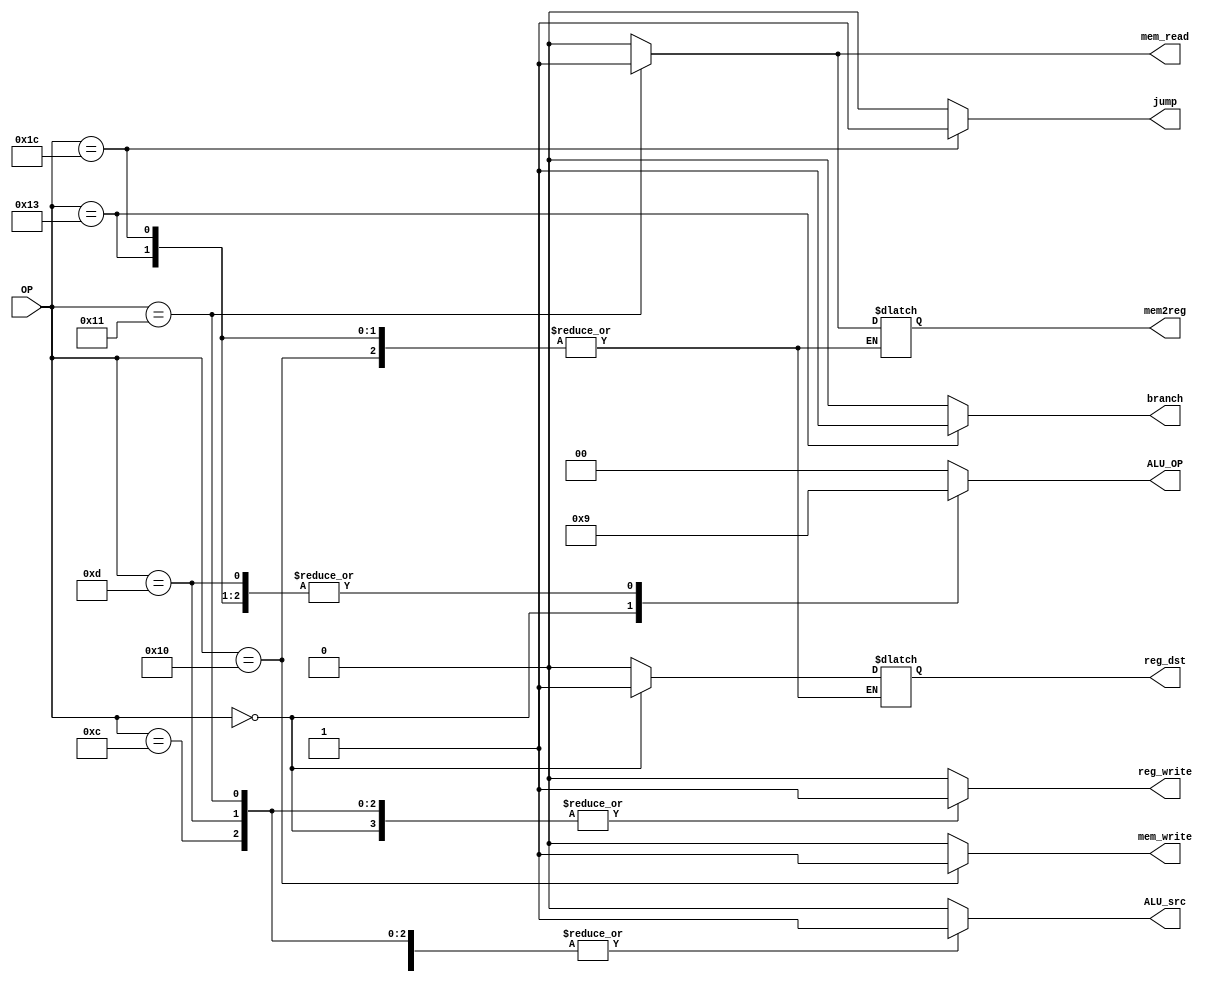
module Control(
    //outputs
    output reg [1:0]ALU_OP,
    output reg reg_write,
    output reg reg_dst,
    output reg ALU_src,
    output reg mem_write,
    output reg mem_read,
    output reg mem2reg,
    output reg branch,
    output reg jump,
    //inputs
    input [5:0]OP
);
    always@(*)begin
        case(OP)
	//if is R type -> set ALU_OP = 10
        6'd0:begin
            ALU_OP <= 2'b10;
            reg_write <= 1;
            reg_dst <= 1;
            ALU_src <= 0;
            mem_write <= 0;
            mem_read <= 0;
            mem2reg <= 0;
            branch <= 0;
            jump <= 0;
        end
        //ADD immediate
        6'b001100:begin
            ALU_OP <= 2'b00;
            reg_write <= 1;
            reg_dst <= 0;
            ALU_src <= 1;
            mem_write <= 0;
            mem_read <= 0;
            mem2reg <= 0;
            branch <= 0;
            jump <= 0;
        end
        //SUB immediate
        6'b001101:begin
            ALU_OP <= 2'b01;
            reg_write <= 1;
            reg_dst <= 0;
            ALU_src <= 1;
            mem_write <= 0;
            mem_read <= 0;
            mem2reg <= 0;
            branch <= 0;
            jump <= 0;
        end
        //store
        6'b010000:begin
            ALU_OP <= 2'b00;
            reg_write <= 0;
            //reg_dst <= 0;	Don't care
            ALU_src <= 1;
            mem_write <= 1;
            mem_read <= 0;
            //mem2reg <= 0;	Don't care
            branch <= 0;
            jump <= 0;
        end
        //load
        6'b010001:begin
            ALU_OP <= 2'b00;
            reg_write <= 1;
            reg_dst <= 0;
            ALU_src <= 1;
            mem_write <= 0;
            mem_read <= 1;
            mem2reg <= 1;
            branch <= 0;
            jump <= 0;
        end
	//beq
        6'b010011:begin
            ALU_OP <= 2'b01;
            reg_write <= 0;
            //reg_dst <= 0;	Don't care
            ALU_src <= 0;
            mem_write <= 0;
            mem_read <= 0;
            //mem2reg <= 1;	Don't care
            branch <= 1;
            jump <= 0;
        end
	//jump
        6'b011100:begin
            ALU_OP <= 2'b01;
            reg_write <= 0;
            //reg_dst <= 0;	Don't care
            ALU_src <= 0;
            mem_write <= 0;
            mem_read <= 0;
            //mem2reg <= 1;	Don't care
            branch <= 0;
            jump <= 1;
        end
        default:begin
            ALU_OP <= 2'b00;
            reg_write <= 0;
            reg_dst <= 0;
            ALU_src <= 0;
            mem_write <= 0;
            mem_read <= 0;
            mem2reg <= 0;
            branch <= 0;
		jump <= 0;
        end
        endcase
    end

endmodule